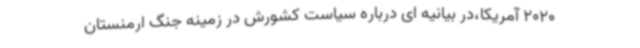
2020 آمریکا،در بیانیه ای درباره سیاست کشورش در زمینه جنگ ارمنستان